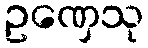
ဥဏှေသု